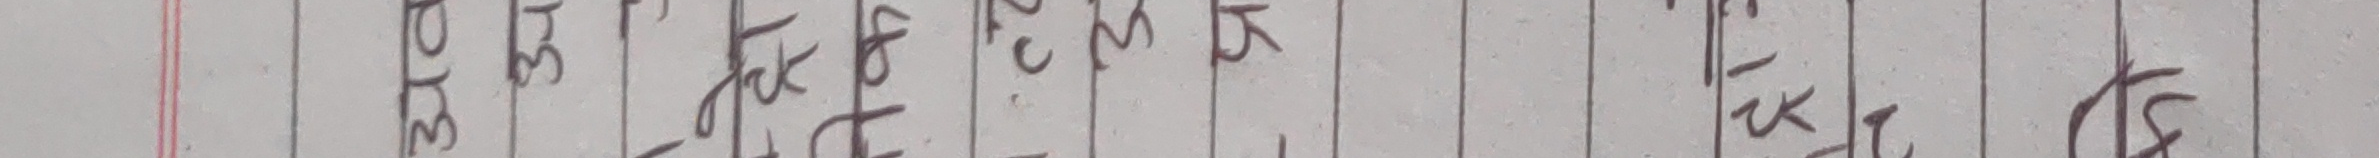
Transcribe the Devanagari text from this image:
उमा कृष्ण अनिश उदय दिनेश मनिष प्रज्वल